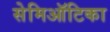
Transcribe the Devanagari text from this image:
सेमिऑटिका